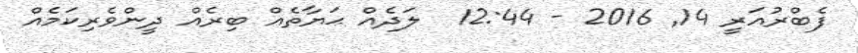
ފެބްރުއަރީ 14